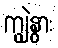
ကျွဲနွား